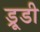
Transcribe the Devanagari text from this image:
ड्रूडी